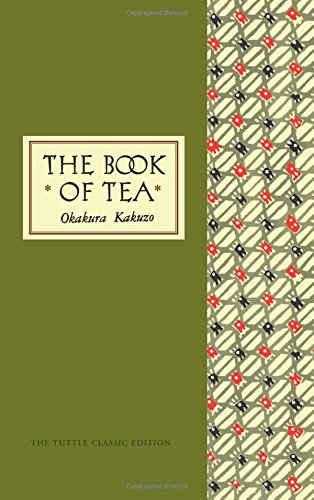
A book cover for The Book of Tea Classic Edition; Okakura Kakuzo; Cookbooks, Food & Wine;